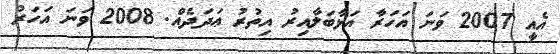
އެއީ 2007 ވަނަ އަހަރާ އަޅާބަލާއިރު އިތުރު ޢަދަދެއް. 2008 ވަނަ އަހަރު